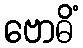
ဗောဓိံ